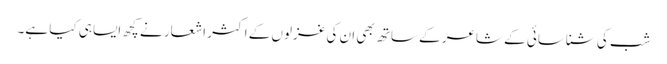
شب کی شناسائی کے شاعر کے ساتھ بھی ان کی غزلوں کے اکثر اشعار نے کچھ ایسا ہی کیا ہے۔